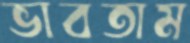
ভাবতাম